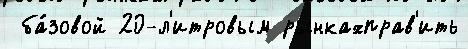
 ба́зовой 20-л'итровым рынкахправ'ить